Lunatic asylums Central Provinces reports 1895-1909 - 1895-1909
Year: 1895
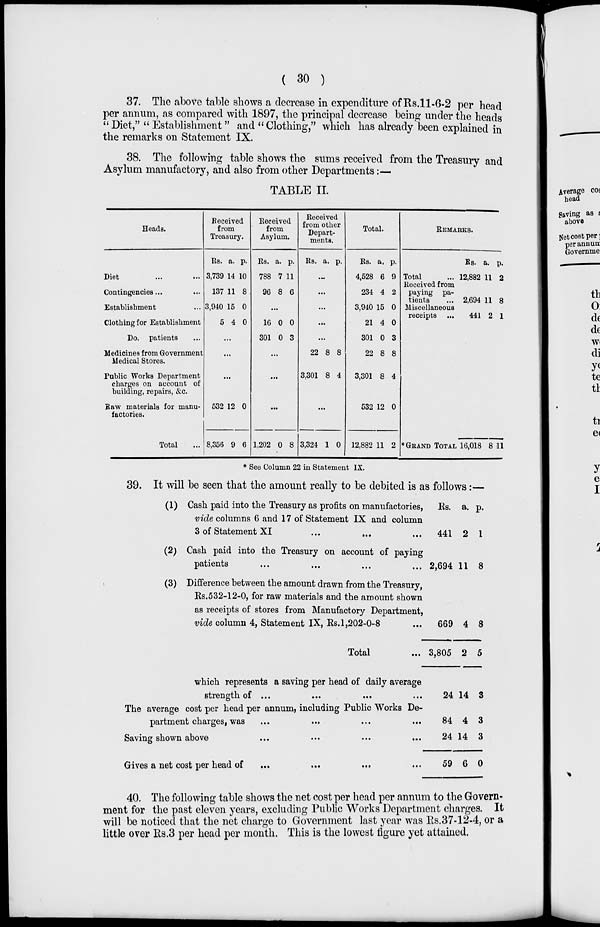
( 30 )
37. The above table shows a decrease in expenditure of Rs.11-6-2 per head
per annum, as compared with 1897, the principal decrease being under the heads
"Diet," " Establishment" and "Clothing," which has already been explained in
the remarks on Statement IX.
38. The following table shows the sums received from the Treasury and
Asylum manufactory, and also from other Departments:—
TABLE II.
Heads.
Diet ... ...
Contingencies ... ...
Establishment ...
Clothing for Establishment
Do. patients ...
Medicines from Government
Medical Stores.
Public Works Department
charges on account of
building, repairs, &c.
Raw materials for manu-
factories.
Total ...
Received
from
Treasury.
Rs.
3,739
137
3,940
5
a.
14
11
15
4
p.
10
8
0
0
...
...
...
532
8,356
12
9
0
6
Received
from
Asylum.
Rs.
788
96
a.
7
8
p.
11
6
...
16
301
0
0
0
3
...
...
...
1,202 0 8
Received
from other
Depart-
ments.
Rs. a. p.
...
...
...
...
...
22
3,301
8
8
8
4
...
3,324 1 0
Total.
Rs.
4,528
234
3,940
21
301
22
3,301
532
12,882
a.
6
4
15
4
0
8
8
12
11
p.
9
2
0
0
3
8
4
0
2
REMARKS.
Total ...
Received from
paying pa-
tients ...
Miscellaneous
receipts ...
Rs.
12,882
2,694
441
a.
11
11
2
p.
2
8
1
* GRAND TOTAL 16,018 8 11
* See Column 22 in Statement IX.
39. It will be seen that the amount really to be debited is as follows:—
(1)
(2)
(3)
Cash paid into the Treasury as profits on manufactories,
vide columns 6 and 17 of Statement IX and column
3 of Statement XI
...
... ...
Cash paid into the Treasury on account of paying
patients ... ... ... ...
Difference between the amount drawn from the Treasury,
Rs.532-12-0, for raw materials and the amount shown
as receipts of stores from Manufactory Department,
vide column 4, Statement IX, Rs. 1,202-0-8 ...
Total
Rs.
441
2,694
669
3,805
a.
2
11
4
2
p
1
8
8
5
which represents a saving per head of daily average
strength of ... ... ... ...
The average cost per head per annum, including Public Works De-
partment charges, was ... ... ... ...
Saving shown above
...
...
...
...
Gives a net cost per head of
... ... ... ...
24
84
24
59
14
4
14
6
3
3
3
0
40. The following table shows the net cost per head per annum to the Govern-
ment for the past eleven years, excluding Public Works Department charges. It
will be noticed that the net charge to Government last year was Rs.37-12-4, or a
little over Rs.3 per head per month. This is the lowest figure yet attained.